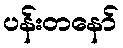
ပန်းတနော်